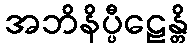
အဘိနိပ္ပီဠေန္တိ